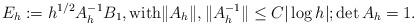
LaTeX: \begin{align*}E_h:= h^{1/2}A_{h}^{-1}B_1, \mbox{with} \|A_{h}\|, \|A_{h}^{-1} \| \le C |\log h|; \det A_{h}=1.\end{align*}